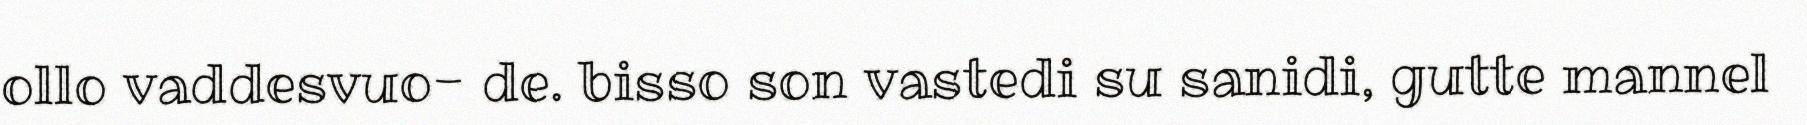
ollo vaddesvuo- de. bisso son vastedi su sanidi, gutte mannel